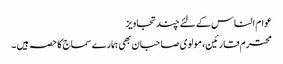
عوام الناس کے لئے چند تجاویز
محترم قارئین، مولوی صاحبان بھی ہمارے سماج کا حصہ ہیں ۔